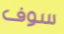
سوف